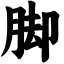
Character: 脚